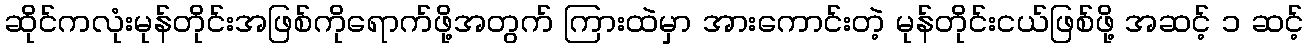
ဆိုင်ကလုံးမုန်တိုင်းအဖြစ်ကိုရောက်ဖို့အတွက် ကြားထဲမှာ အားကောင်းတဲ့ မုန်တိုင်းငယ်ဖြစ်ဖို့ အဆင့် ၁ ဆင့်